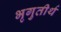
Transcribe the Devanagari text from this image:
भृगुतीर्थ